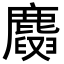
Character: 𪋕